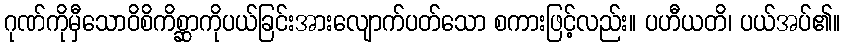
ဂုဏ်ကိုမှီသောဝိစိကိစ္ဆာကိုပယ်ခြင်းအားလျောက်ပတ်သော စကားဖြင့်လည်း။ ပဟီယတိ၊ ပယ်အပ်၏။